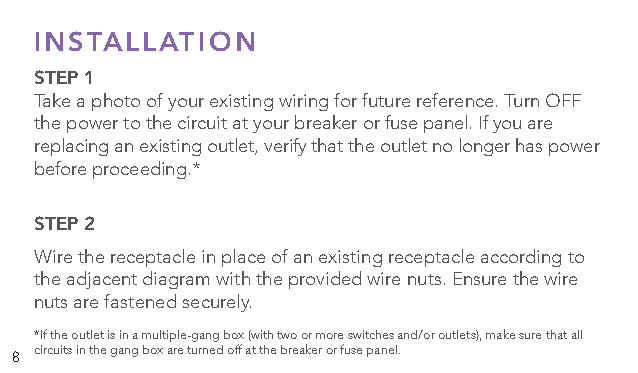
INSTALLATION
 STEP 1
 Take a photo of your existing wiring for future reference. Turn OFF
 the power to the circuit at your breaker or fuse panel. If you are
 replacing an existing outlet, verify that the outlet no longer has power
 before proceeding.*
 STEP 2
 Wire the receptacle in place of an existing receptacle according to
 the adjacent diagram with the provided wire nuts. Ensure the wire
 nuts are fastened securely.
 *If the outlet is in a multiple-gang box (with two or more switches and/or outlets), make sure that all
 8 circuits in the gang box are turned off at the breaker or fuse panel.